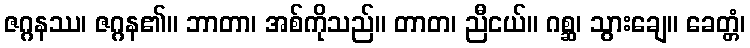
ဇဂ္ဂနဿ၊ ဇဂ္ဂန၏။ ဘာတာ၊ အစ်ကိုသည်။ တာတ၊ ညီငယ်။ ဂစ္ဆ၊ သွားချေ။ ခေတ္တံ၊